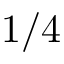
1 / 4